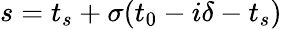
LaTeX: s=t_{s}+\sigma(t_{0}-i\delta-t_{s})